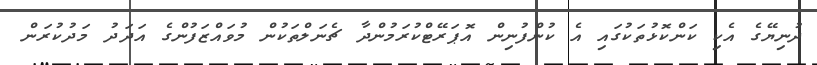
ދުނިޔޭގެ އެކި ކަންކޮޅުތަކުގައި އެ ކުންފުނިން އޮޕަރޭޓްކުރަމުންދާ ޗެނަލްތަކުން މުވައްޒަފުންގެ އަދަދު މަދުކުރަން